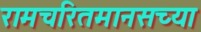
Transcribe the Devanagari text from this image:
रामचरितमानसच्या